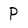
Character: P